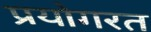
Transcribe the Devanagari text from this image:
प्रयोगरत